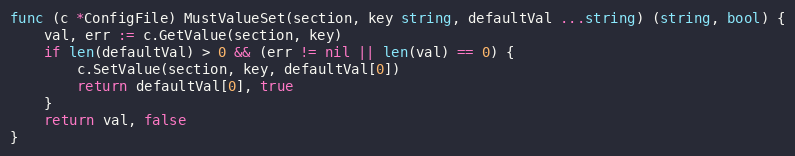
Language: Go
func (c *ConfigFile) MustValueSet(section, key string, defaultVal ...string) (string, bool) {
	val, err := c.GetValue(section, key)
	if len(defaultVal) > 0 && (err != nil || len(val) == 0) {
		c.SetValue(section, key, defaultVal[0])
		return defaultVal[0], true
	}
	return val, false
}